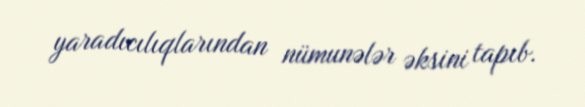
yaradıcılıqlarından nümunələr əksini tapıb.